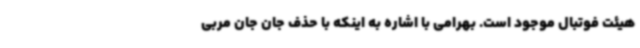
هیئت فوتبال موجود است. بهرامی با اشاره به اینکه با حذف جان جان مربی